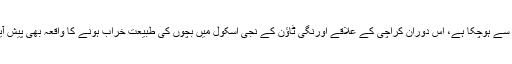
سندھ بھر میں 13 روزہ انسداد ٹائیفائیڈ مہم کا آغاز گذشتہ روز سے ہوچکا ہے، اس دوران کراچی کے علاقے اورنگی ٹاؤن کے نجی اسکول میں بچوں کی طبیعت خراب ہونے کا واقعہ بھی پیش آیا جس کے بعد سے سوشل میڈیا پر افواہوں کا سلسلہ جاری ہے۔